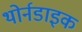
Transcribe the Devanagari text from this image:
थोर्नडाइक